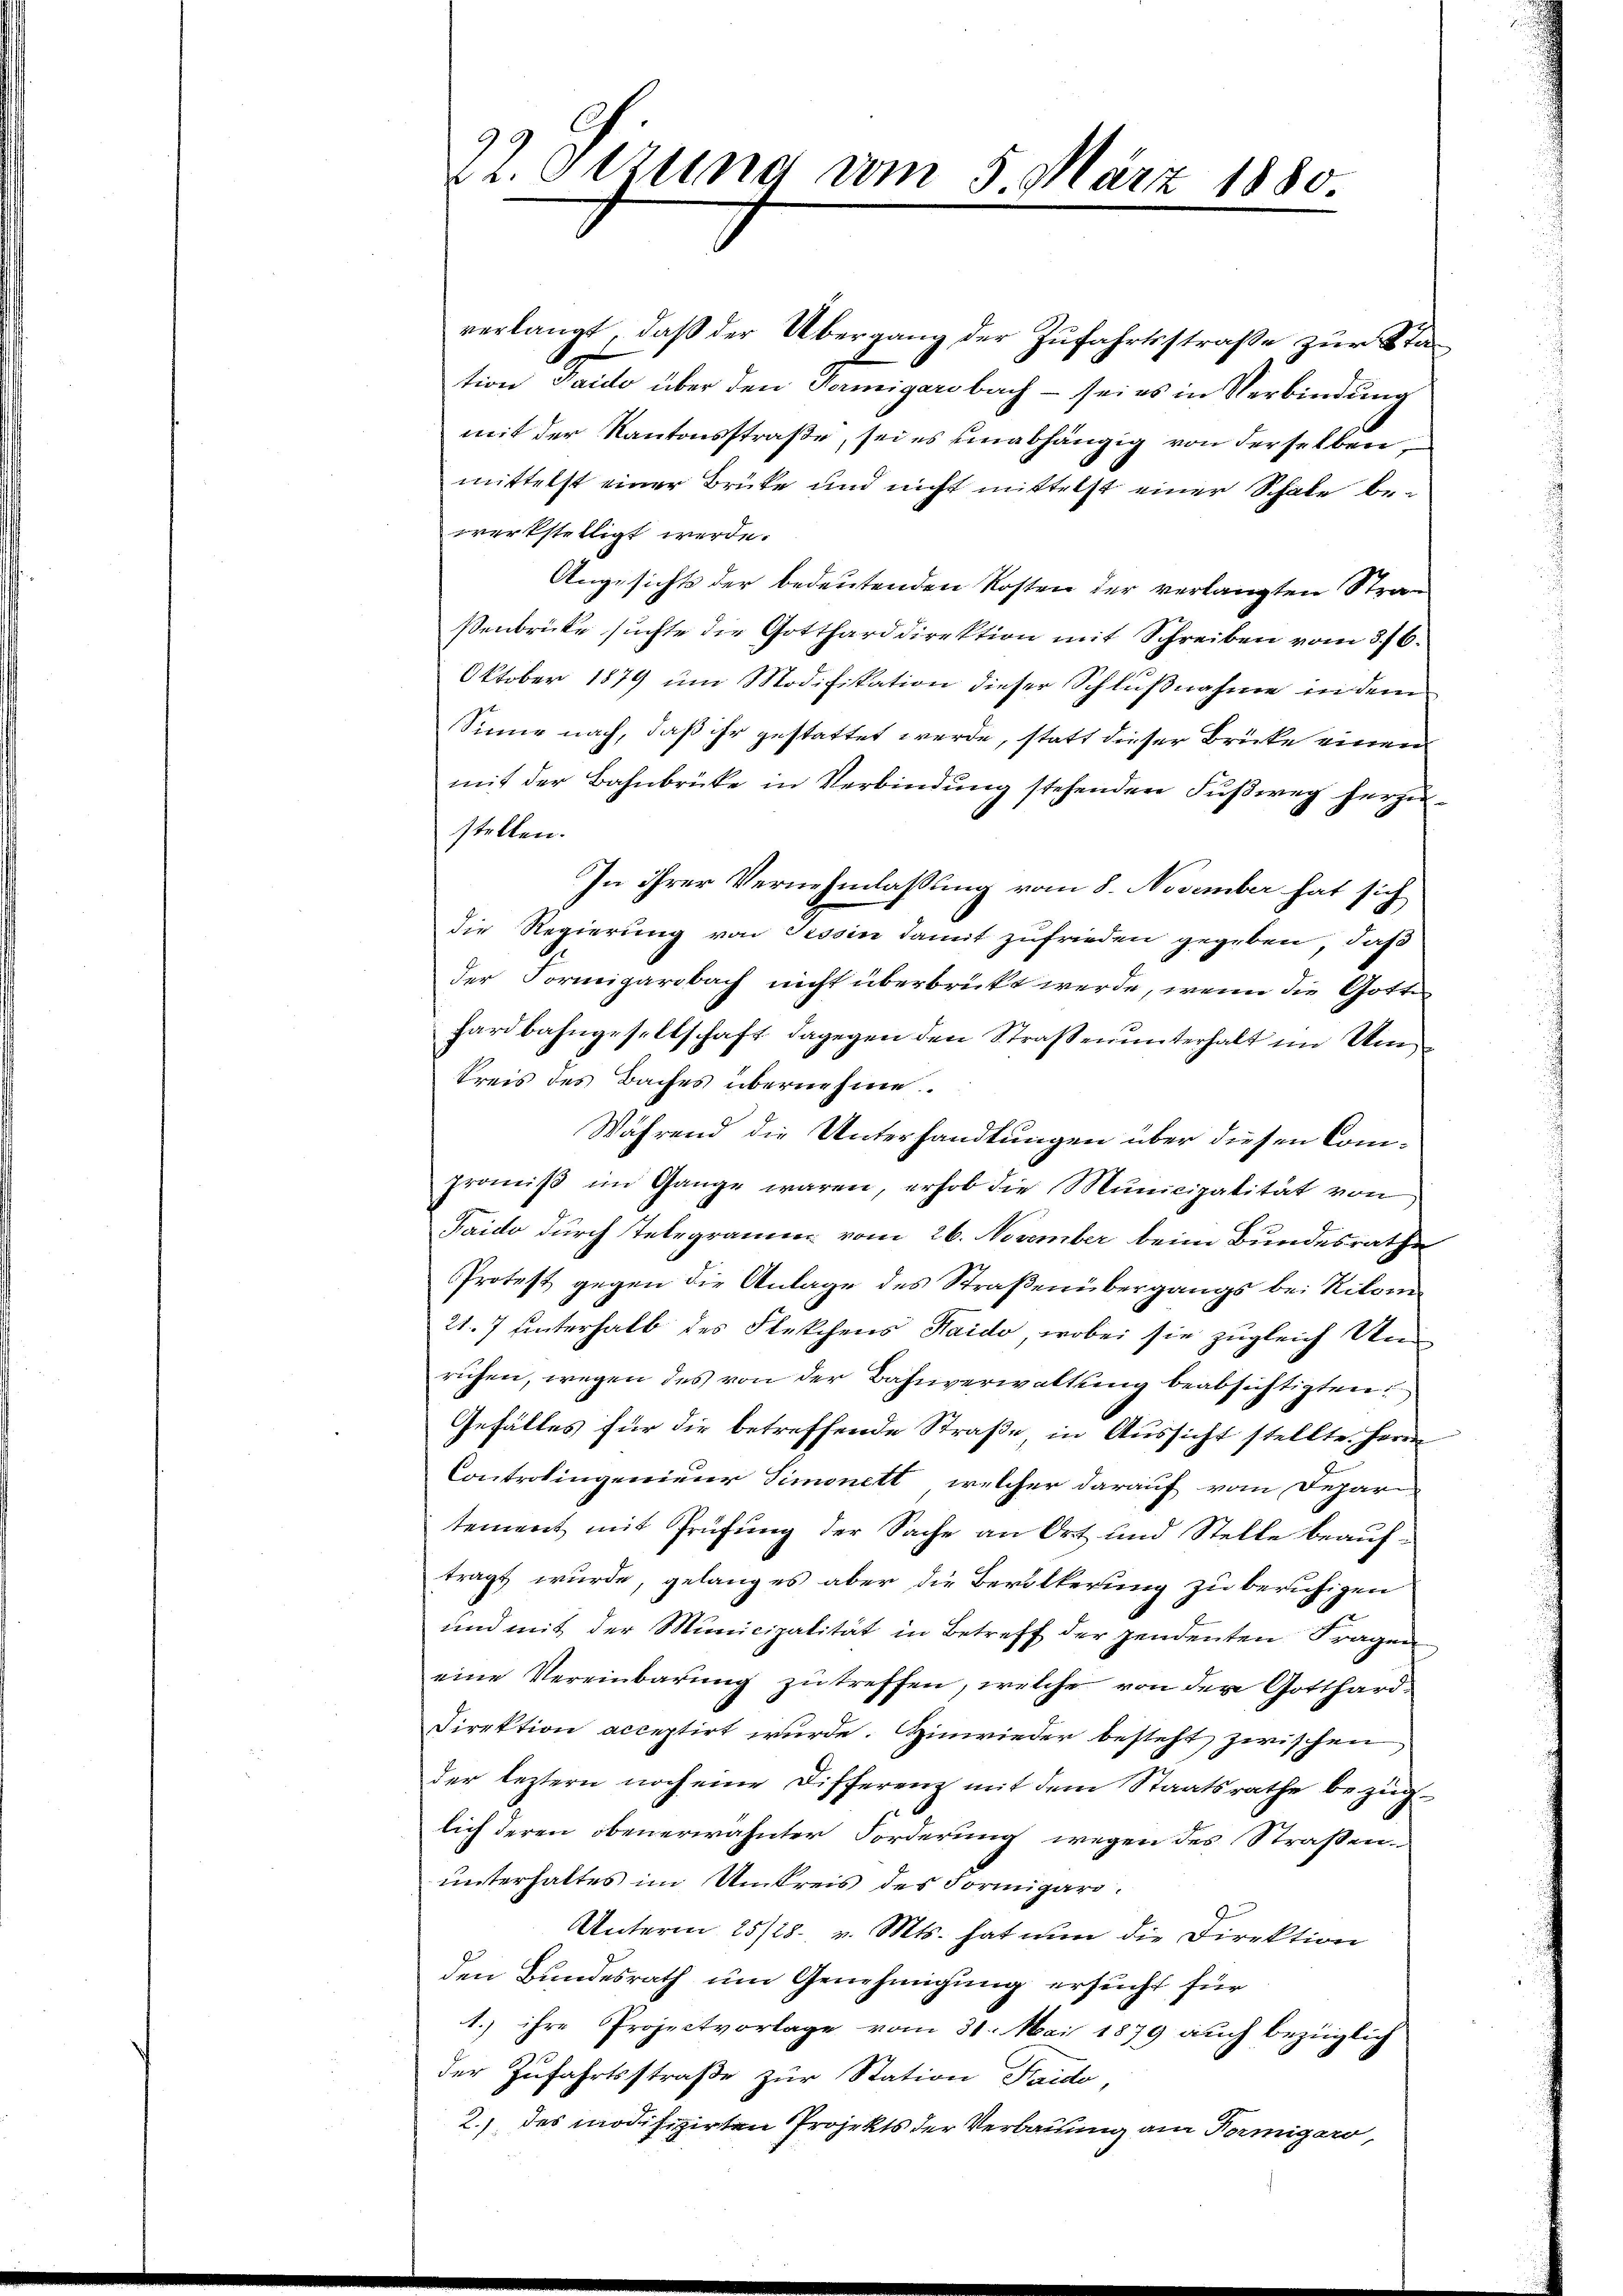
22. Sitzung vom 5. März 1880

verlangt, daß der Übergang der Zufahrtsstraße zur Station Facto über den Fermigarobach - sei es in Verbindung
mit der Kantonsstraße, sei es unabhängig von derselben,
mittelst einer Brüke und nicht mittelst einer Schale bewerkstelligt werde.
Angesichts der bedeutenden Kosten der verlangten Straßenbrücke suchte die Gottharddirektion mit Schreiben vom 3. 76.
Oktober 1879 um Modifikation dieser Schlußnahme in dem
Sinne nach, daß ihr gestattet werde, statt dieser Brücke einen
mit der Bahnbrücke in Verbindung stehenden Fußweg herzu-
stellen.
In ihrer Vernehmlassung vom 8. November hat sich
die Regierung von Tessin damit zufrieden gegeben, daß
der Formigarsbach nicht überbrückt werde, wenn die Gotte
hardbahngesellschaft dagegen den Straßenunterhalt im Um¬
Kreis des Baches übernehme.
Während die Unterhandlungen über diesen Compromiß im Gange waren, erhob die Municipalität von
Faido durch Telegramm vom 26. November beim Bundesrathe
Protest gegen die Anlage des Straßenübergangs bei Rikom
21.7 hinterhalb des Flekchens Haido, wobei sie zugleich Un
ruhen, wegen des von der Bahnverwaltung beabsichtigten
Gefälles für die betreffende Straße in Aussicht stellte. Herrn
Controlingenieur Simonett, welcher darauf vom Depari
tement mit Prüfung der Sache an Ort und Stelle beauftragt wurde, gelang es aber die Bevölkerung zu beruhigen
und mit der Municipalität in Betreff der pendenten Fragen
eine Vereinbarung zu treffen, welche von der Gotthard¬
Direktion acceptirt wurde. Hinwieder besteht zwischen,
der leztern noch eine Differenz mit dem Staatsrathe bezüglich deren obenerwähnter Forderung wegen des Straßenunterhaltes im Umkreis des Formigari¬
Unterm 25/28. v. Mts. hat nun die Direktion
den Bundesrath um Genehmigung ersucht für
1.) ihre Projectvorlage vom 31. Mai 1879 auch bezüglich
der Zufahrtsstraße zur Station Fraide,
2.) des modifizirten Projekts der Verbauung am Termigaro,